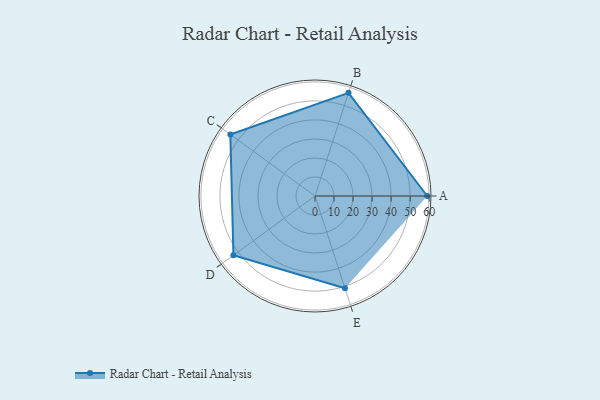
{"axis": {"x": "Skill", "y": "Score"}, "legend": ["Profile"], "data": [{"x": "A", "y": 59.0, "type": "Profile"}, {"x": "B", "y": 57.0, "type": "Profile"}, {"x": "C", "y": 55.0, "type": "Profile"}, {"x": "D", "y": 53.0, "type": "Profile"}, {"x": "E", "y": 51.0, "type": "Profile"}]}